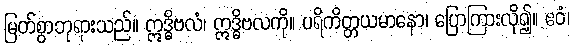
မြတ်စွာဘုရားသည်။ ဣဒ္ဓိဗလံ၊ ဣဒ္ဓိဗလကို။ ပရိကိတ္တယမာနော၊ ပြောကြားလို၍။ ဧဝံ၊